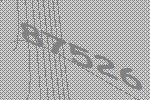
87526